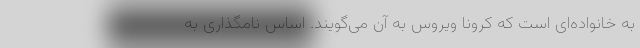
به خانواده‌ای است که کرونا ویروس به آن می‌گویند. اساس نامگذاری به